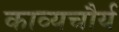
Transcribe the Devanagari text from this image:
काव्यचौर्य